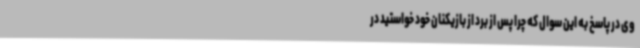
وی در پاسخ به این سوال که چرا پس از برد از بازیکنان خود خواستید در